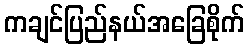
ကချင်ပြည်နယ်အခြေစိုက်